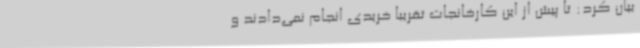
بیان کرد: تا پیش از این کارخانجات تقریباً خریدی انجام نمی‌دادند و